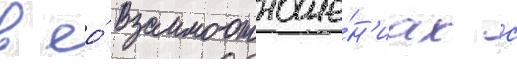
в ео́ взаимоотноше́н'иах с